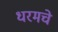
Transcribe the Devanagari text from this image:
धरमचे